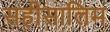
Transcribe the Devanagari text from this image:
सहीसालिम